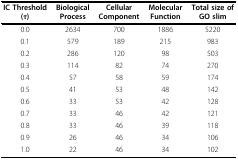
| IC Threshold(τ) | BiologicalProcess | CellularComponent | MolecularFunction | Total size ofGO slim |
 | --- | --- | --- | --- | --- |
 | 0.0 | 2634 | 700 | 1886 | 5220 |
 | 0.1 | 579 | 189 | 215 | 983 |
 | 0.2 | 286 | 120 | 98 | 503 |
 | 0.3 | 114 | 82 | 74 | 270 |
 | 0.4 | 57 | 58 | 59 | 174 |
 | 0.5 | 41 | 53 | 48 | 142 |
 | 0.6 | 33 | 53 | 42 | 128 |
 | 0.7 | 33 | 46 | 42 | 121 |
 | 0.8 | 33 | 46 | 39 | 118 |
 | 0.9 | 26 | 46 | 34 | 106 |
 | 1.0 | 22 | 46 | 34 | 102 |